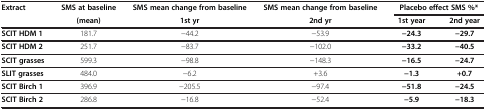
<table><thead><tr><td><b>Extract</b></td><td><b>SMS at baseline</b></td><td><b>SMS mean change from baseline</b></td><td><b>SMS mean change from baseline</b></td><td colspan="2"><b>Placebo effect SMS %*</b></td></tr><tr><td><b> </b></td><td><b>(mean)</b></td><td><b>1st yr</b></td><td><b>2nd yr</b></td><td><b>1st year</b></td><td><b>2nd year</b></td></tr></thead><tbody><tr><td><b>SCIT HDM 1</b></td><td>181.7</td><td>−44.2</td><td>−53.9</td><td><b>−24.3</b></td><td><b>−29.7</b></td></tr><tr><td><b>SCIT HDM 2</b></td><td>251.7</td><td>−83.7</td><td>−102.0</td><td><b>−33.2</b></td><td><b>−40.5</b></td></tr><tr><td><b>SCIT grasses</b></td><td>599.3</td><td>−98.8</td><td>−148.3</td><td><b>−16.5</b></td><td><b>−24.7</b></td></tr><tr><td><b>SLIT grasses</b></td><td>484.0</td><td>−6.2</td><td>+3.6</td><td><b>−1.3</b></td><td><b>+0.7</b></td></tr><tr><td><b>SCIT Birch 1</b></td><td>396.9</td><td>−205.5</td><td>−97.4</td><td><b>−51.8</b></td><td><b>−24.5</b></td></tr><tr><td><b>SCIT Birch 2</b></td><td>286.8</td><td>−16.8</td><td>−52.4</td><td><b>−5.9</b></td><td><b>−18.3</b></td></tr></tbody></table>